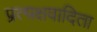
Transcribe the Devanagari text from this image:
प्रत्यक्षवादिता